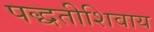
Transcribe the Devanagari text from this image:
पद्धतीशिवाय